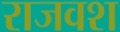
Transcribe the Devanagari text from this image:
राजवश